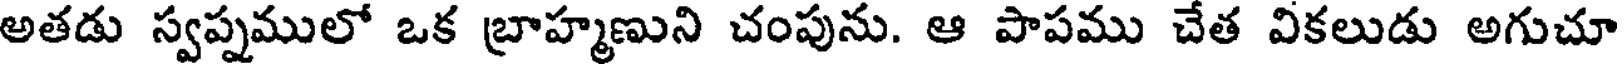
అతడు స్వప్నములో ఒక బ్రాహ్మణుని చంపును. ఆ పాపము చేత వికలుడు అగుచూ